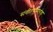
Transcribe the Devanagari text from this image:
संगीतसमारोह